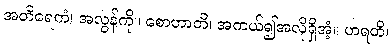
အတိရေကံ၊ အလွန်ကို။ စောဟာတိ၊ အကယ်၍အလိုရှိအံ့။ ဟရတိ၊